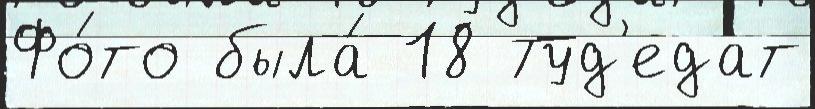
Фо́то была́ 18 Туд'едат